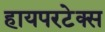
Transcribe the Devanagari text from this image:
हायपरटेक्स